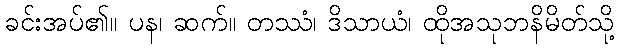
ခင်းအပ်၏။ ပန၊ ဆက်။ တဿံ၊ ဒိသာယံ၊ ထိုအသုဘနိမိတ်သို့